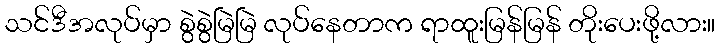
သင်ဒီအလုပ်မှာ စွဲစွဲမြဲမြဲ လုပ်နေတာက ရာထူးမြန်မြန် တိုးပေးဖို့လား။